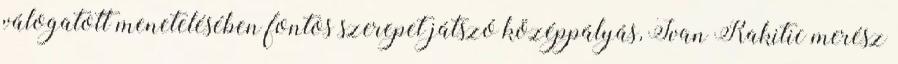
válogatott menetelésében fontos szerepet játszó középpályás, Ivan Rakitic merész